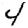
Digit: 4